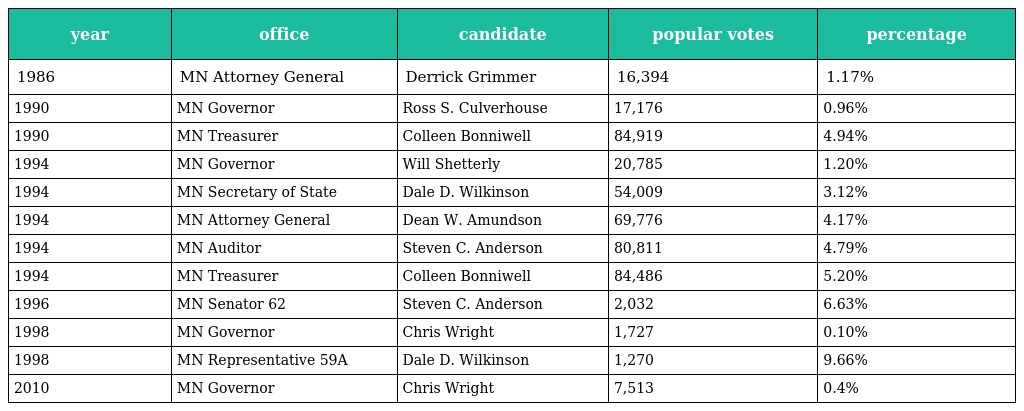
| year | office | candidate | popular votes | percentage |
 | --- | --- | --- | --- | --- |
 | 1986 | MN Attorney General | Derrick Grimmer | 16,394 | 1.17% |
 | 1990 | MN Governor | Ross S. Culverhouse | 17,176 | 0.96% |
 | 1990 | MN Treasurer | Colleen Bonniwell | 84,919 | 4.94% |
 | 1994 | MN Governor | Will Shetterly | 20,785 | 1.20% |
 | 1994 | MN Secretary of State | Dale D. Wilkinson | 54,009 | 3.12% |
 | 1994 | MN Attorney General | Dean W. Amundson | 69,776 | 4.17% |
 | 1994 | MN Auditor | Steven C. Anderson | 80,811 | 4.79% |
 | 1994 | MN Treasurer | Colleen Bonniwell | 84,486 | 5.20% |
 | 1996 | MN Senator 62 | Steven C. Anderson | 2,032 | 6.63% |
 | 1998 | MN Governor | Chris Wright | 1,727 | 0.10% |
 | 1998 | MN Representative 59A | Dale D. Wilkinson | 1,270 | 9.66% |
 | 2010 | MN Governor | Chris Wright | 7,513 | 0.4% |